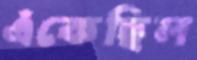
এঁকেছিল